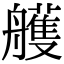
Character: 艧